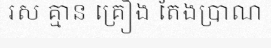
រស គ្មាន គ្រឿង តែងប្រាណ